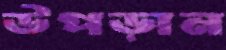
উপড়ান